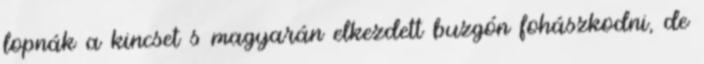
lopnák a kincset s magyarán elkezdett buzgón fohászkodni, de